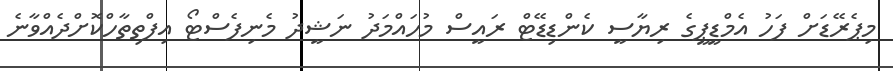
މިޕެރޭޑަށް ފަހު އެމްޑީޕީގެ ރިޔާސީ ކެންޑިޑޭޓް ރައީސް މުހައްމަދު ނަޝީދު މެނިފެސްޓޯ އިފްތިތާހްކޮށްދެއްވާނެ